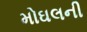
મોઘલની